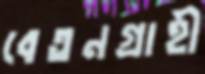
বেতনগ্রাহী